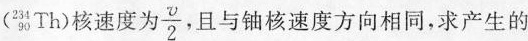
(^{234}_{90}Th)核速度为\frac{v}{2}，且与铀核速度方向相同，求产生的